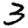
Digit: 3